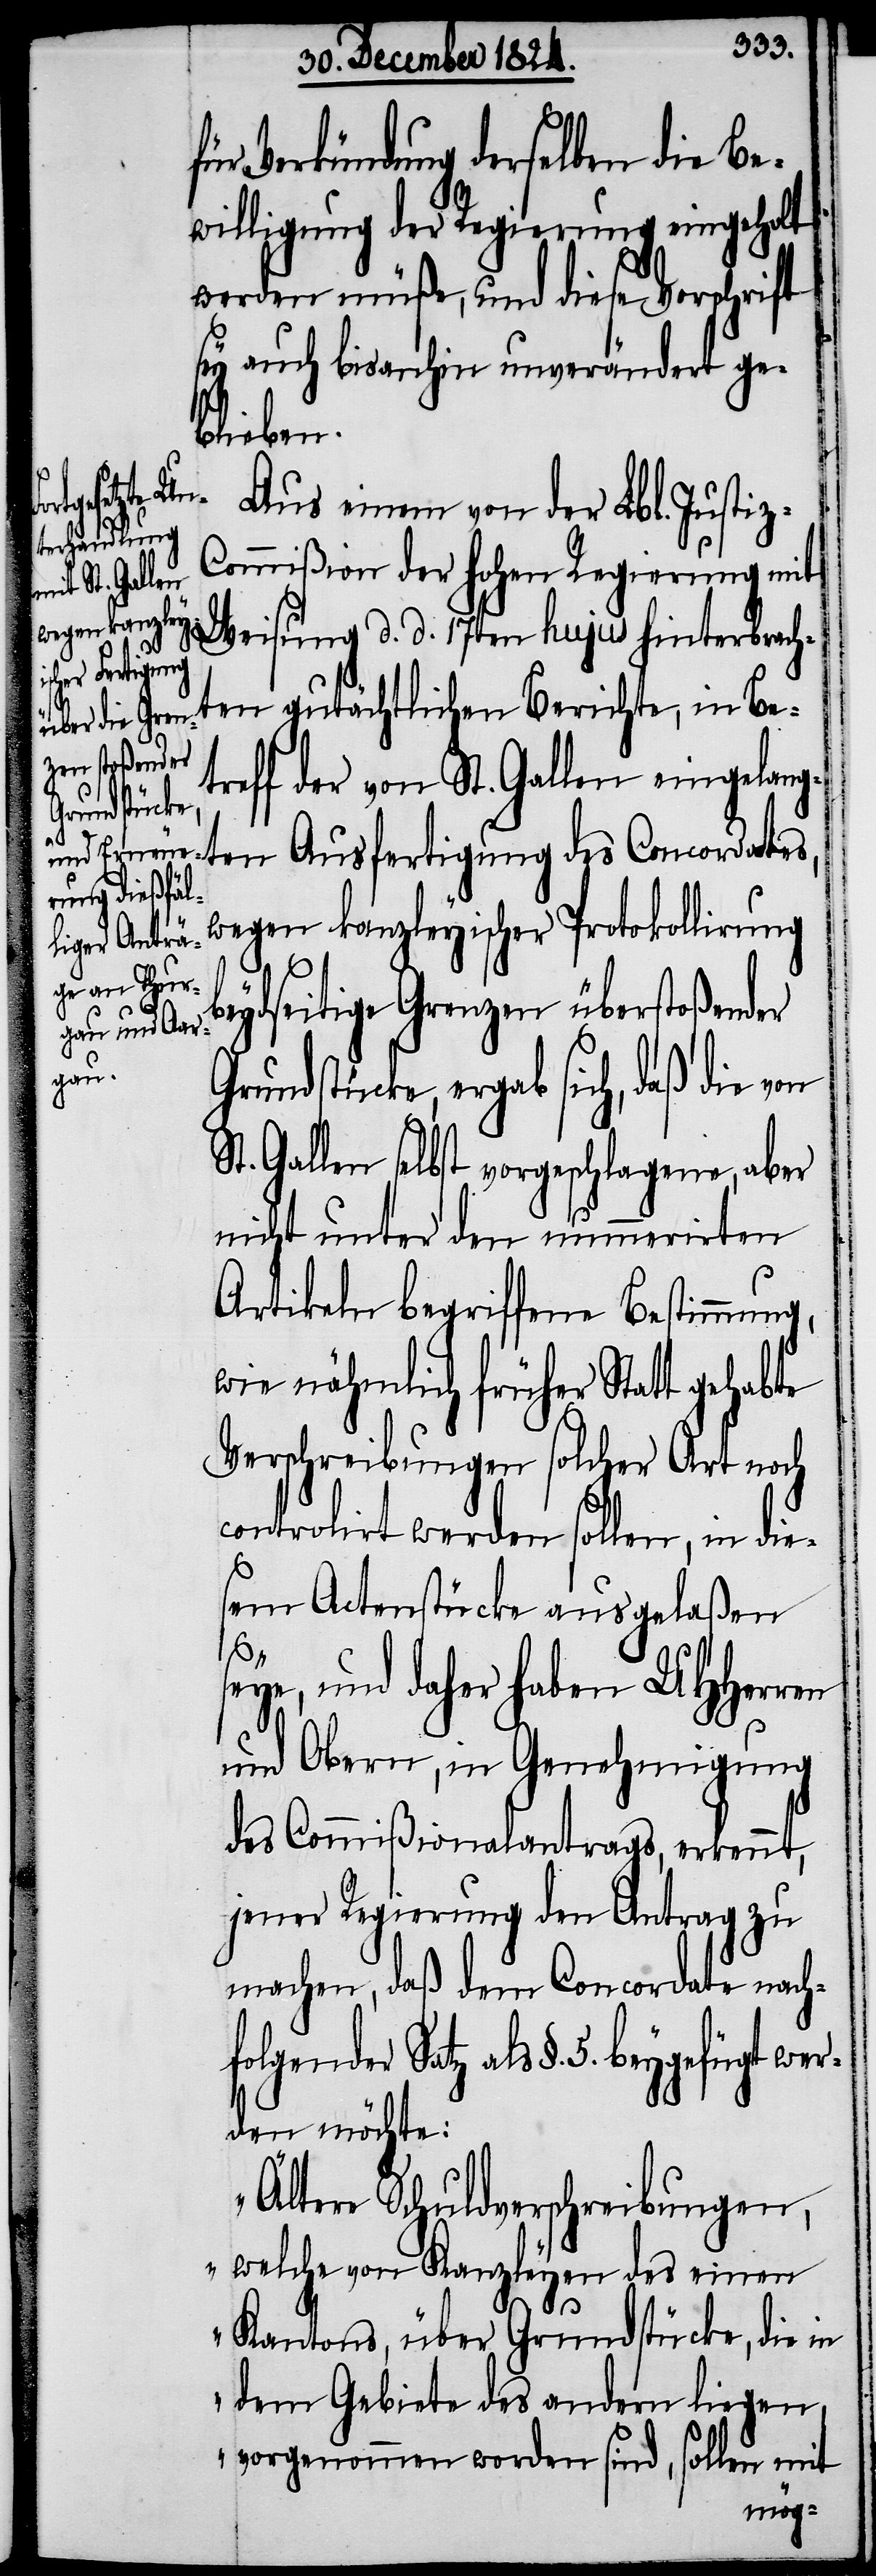
für Verbündung derselben die Be¬
willigung der Regierung eingeholt
werden müße, und diese Vorschrift
sey auch bis anhin unverändert ge¬
blieben.
die von
Aus einem von der Lbl. Justi¬
ommißion der hohen Regierung mit
Weisung d. d. 17ten hujus hinterbracht¬
z-C¬
b¬
en gutächtlichen Berichte, in Be¬
treff der von St. Gallen eingela¬
Grundstücke,
ngten Ausfertigung des Concordates,
wegen kanzleyischer Protokollirung
eydseitige Grenzen überstoßender
St. Gallen selbst vorgeschlagene, aber
nicht unter den nummerirten
Artikeln begriffene Bestimmung,
wie nähmlich früher Statt gehabte
Verschreibungen solcher Art noch
controlirt werden sollen, in die¬
sem Actenstücke ausgelaßen
seye, und daher haben UHHerren
und Obern, in Genehmigung
des Commißionalantrags, erkennt,
jener Regierung den Antrag zu
machen, daß dem Concordate nachf¬
olgender Satz als §. 5. beygefügt wer¬
den möchte:
„Ältere Schuldverschreibungen,
welche von Kanzleyen des einen
Kantons, über Grundstücke, die in
dem Gebiete des andern liegen,
vorgenommen worden sind, sollen mit